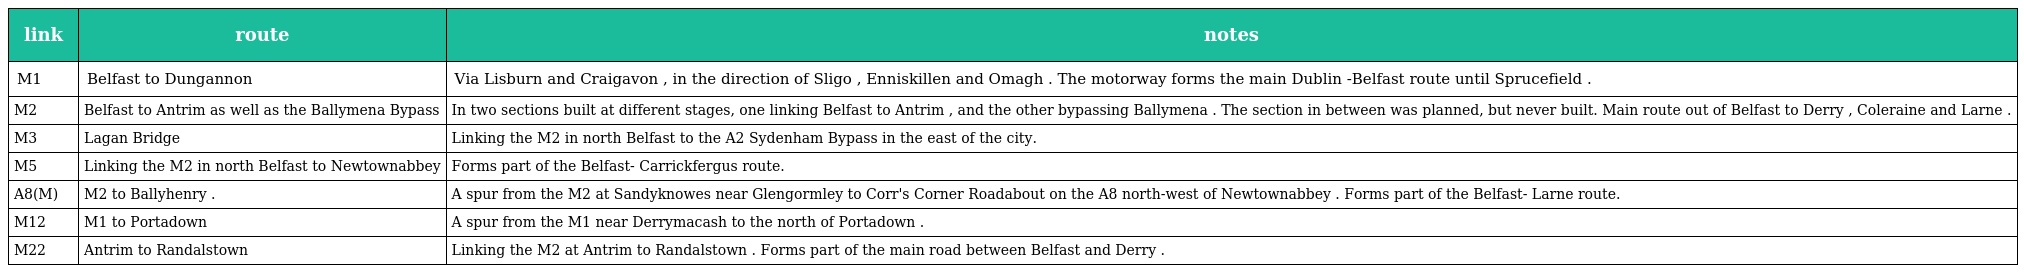
| link | route | notes |
 | --- | --- | --- |
 | M1 | Belfast to Dungannon | Via Lisburn and Craigavon , in the direction of Sligo , Enniskillen and Omagh . The motorway forms the main Dublin -Belfast route until Sprucefield . |
 | M2 | Belfast to Antrim as well as the Ballymena Bypass | In two sections built at different stages, one linking Belfast to Antrim , and the other bypassing Ballymena . The section in between was planned, but never built. Main route out of Belfast to Derry , Coleraine and Larne . |
 | M3 | Lagan Bridge | Linking the M2 in north Belfast to the A2 Sydenham Bypass in the east of the city. |
 | M5 | Linking the M2 in north Belfast to Newtownabbey | Forms part of the Belfast- Carrickfergus route. |
 | A8(M) | M2 to Ballyhenry . | A spur from the M2 at Sandyknowes near Glengormley to Corr's Corner Roadabout on the A8 north-west of Newtownabbey . Forms part of the Belfast- Larne route. |
 | M12 | M1 to Portadown | A spur from the M1 near Derrymacash to the north of Portadown . |
 | M22 | Antrim to Randalstown | Linking the M2 at Antrim to Randalstown . Forms part of the main road between Belfast and Derry . |